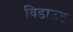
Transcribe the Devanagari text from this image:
विडाउट